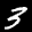
Label: 3